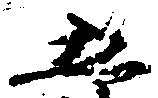
五